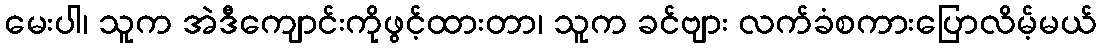
မေးပါ၊ သူက အဲဒီကျောင်းကိုဖွင့်ထားတာ၊ သူက ခင်ဗျား လက်ခံစကားပြောလိမ့်မယ်